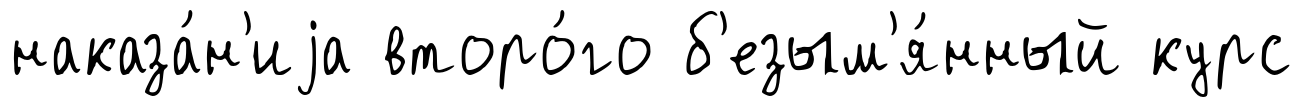
наказа́н'иjа второ́го б'езым'я́нный курс